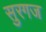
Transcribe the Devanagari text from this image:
सुरगज